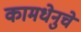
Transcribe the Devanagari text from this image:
कामधेनुचे